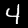
Label: 4